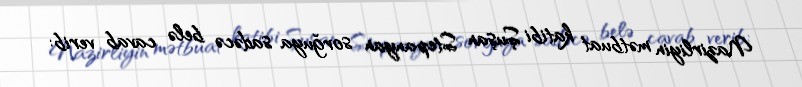
Nazirliyin mətbuat katibi Şuşan Stepanyan sorğuya sadəcə belə cavab verib: